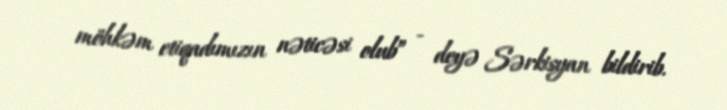
möhkəm etiqadımızın nəticəsi olub” - deyə Sərkisyan bildirib.